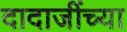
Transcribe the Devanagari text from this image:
दादाजींच्या